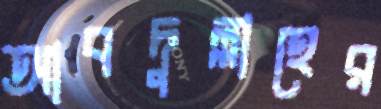
আবদুল্লাহের